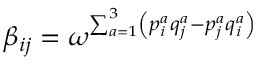
\beta _ { i j } = \omega ^ { \sum _ { a = 1 } ^ { 3 } \left( p _ { i } ^ { a } q _ { j } ^ { a } - p _ { j } ^ { a } q _ { i } ^ { a } \right) }